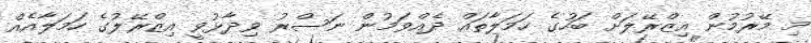
މި މޭރުމުން އިޒްރޭލަށް ބަހުގެ ހަމަލާތައް ދެއްވަމުން ނަސްރު ވިދާޅުވީ އިޒްރޭލުގެ ހަމަލާއެއް